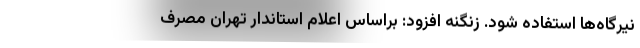
نیرگاه‌ها استفاده شود. زنگنه افزود: براساس اعلام استاندار تهران مصرف